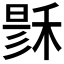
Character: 𥟟